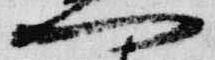
門